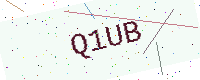
Text: Q1UB